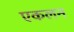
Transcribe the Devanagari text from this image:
एकलन